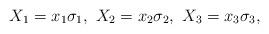
LaTeX: \begin{align*}X_1=x_1\sigma_1, ~X_2=x_2\sigma_2,~X_3=x_3\sigma_3,\end{align*}